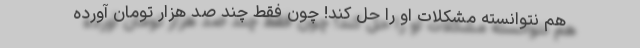
هم نتوانسته مشکلات او را حل کند! چون فقط چند صد هزار تومان آورده